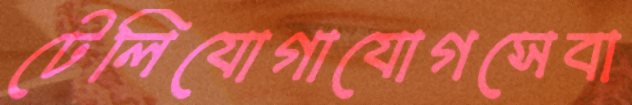
টেলিযোগাযোগসেবা